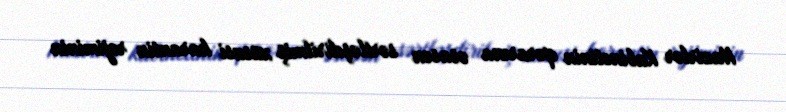
Nazirlər Kabinetinin qərarına əsasən sərtləşdirilmiş xüsusi karantin rejiminin